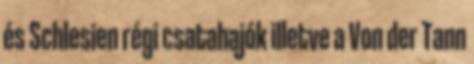
és Schlesien régi csatahajók illetve a Von der Tann